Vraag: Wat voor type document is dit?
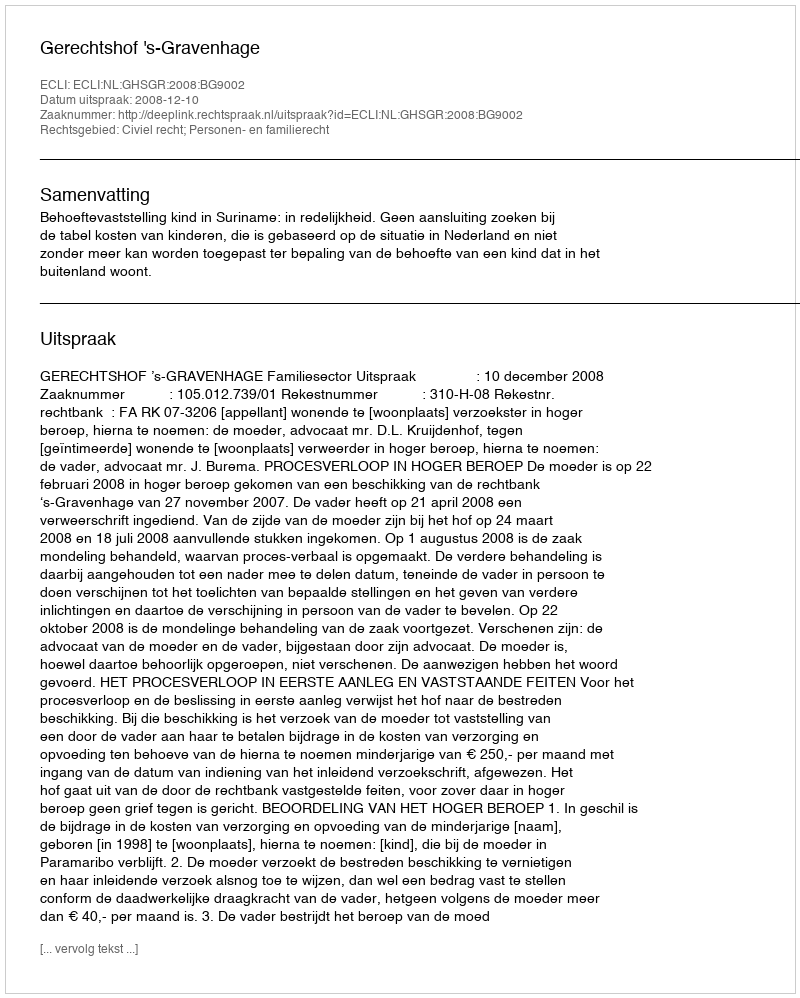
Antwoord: Uitspraak